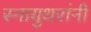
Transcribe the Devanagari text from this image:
स्नायुथरांनी